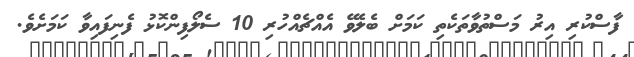
ފާސްކުރި އިރު މަސްތުވާތަކެތި ކަމަށް ބެލެވޭ އެއްޗެއްހުރި 10 ސެލޯފިންކޮޅު ފެނިފައިވާ ކަމަށެވެ.